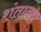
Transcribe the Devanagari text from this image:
शंताताप